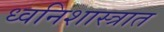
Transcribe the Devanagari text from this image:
ध्वनिशास्त्रात